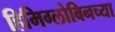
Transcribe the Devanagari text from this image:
हिमिग्लोबिनच्या